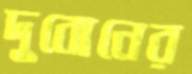
দুবোনের